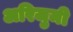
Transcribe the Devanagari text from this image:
अरिजुमी